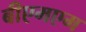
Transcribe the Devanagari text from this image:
बीएमएम